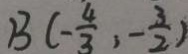
B ( - \frac { 4 } { 3 } , - \frac { 3 } { 2 } )